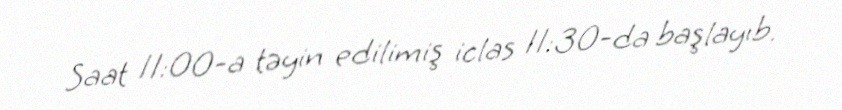
Saat 11:00-a təyin edilimiş iclas 11:30-da başlayıb.